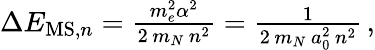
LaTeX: \begin{array}{r}{\Delta E_{\mathrm{MS},n}=\frac{m_{e}^{2}\alpha^{2}}{2\, m_{N}\, n^{2}}=\frac{1}{2\, m_{N}\, a_{0}^{2}\, n^{2}}\, ,}\end{array}